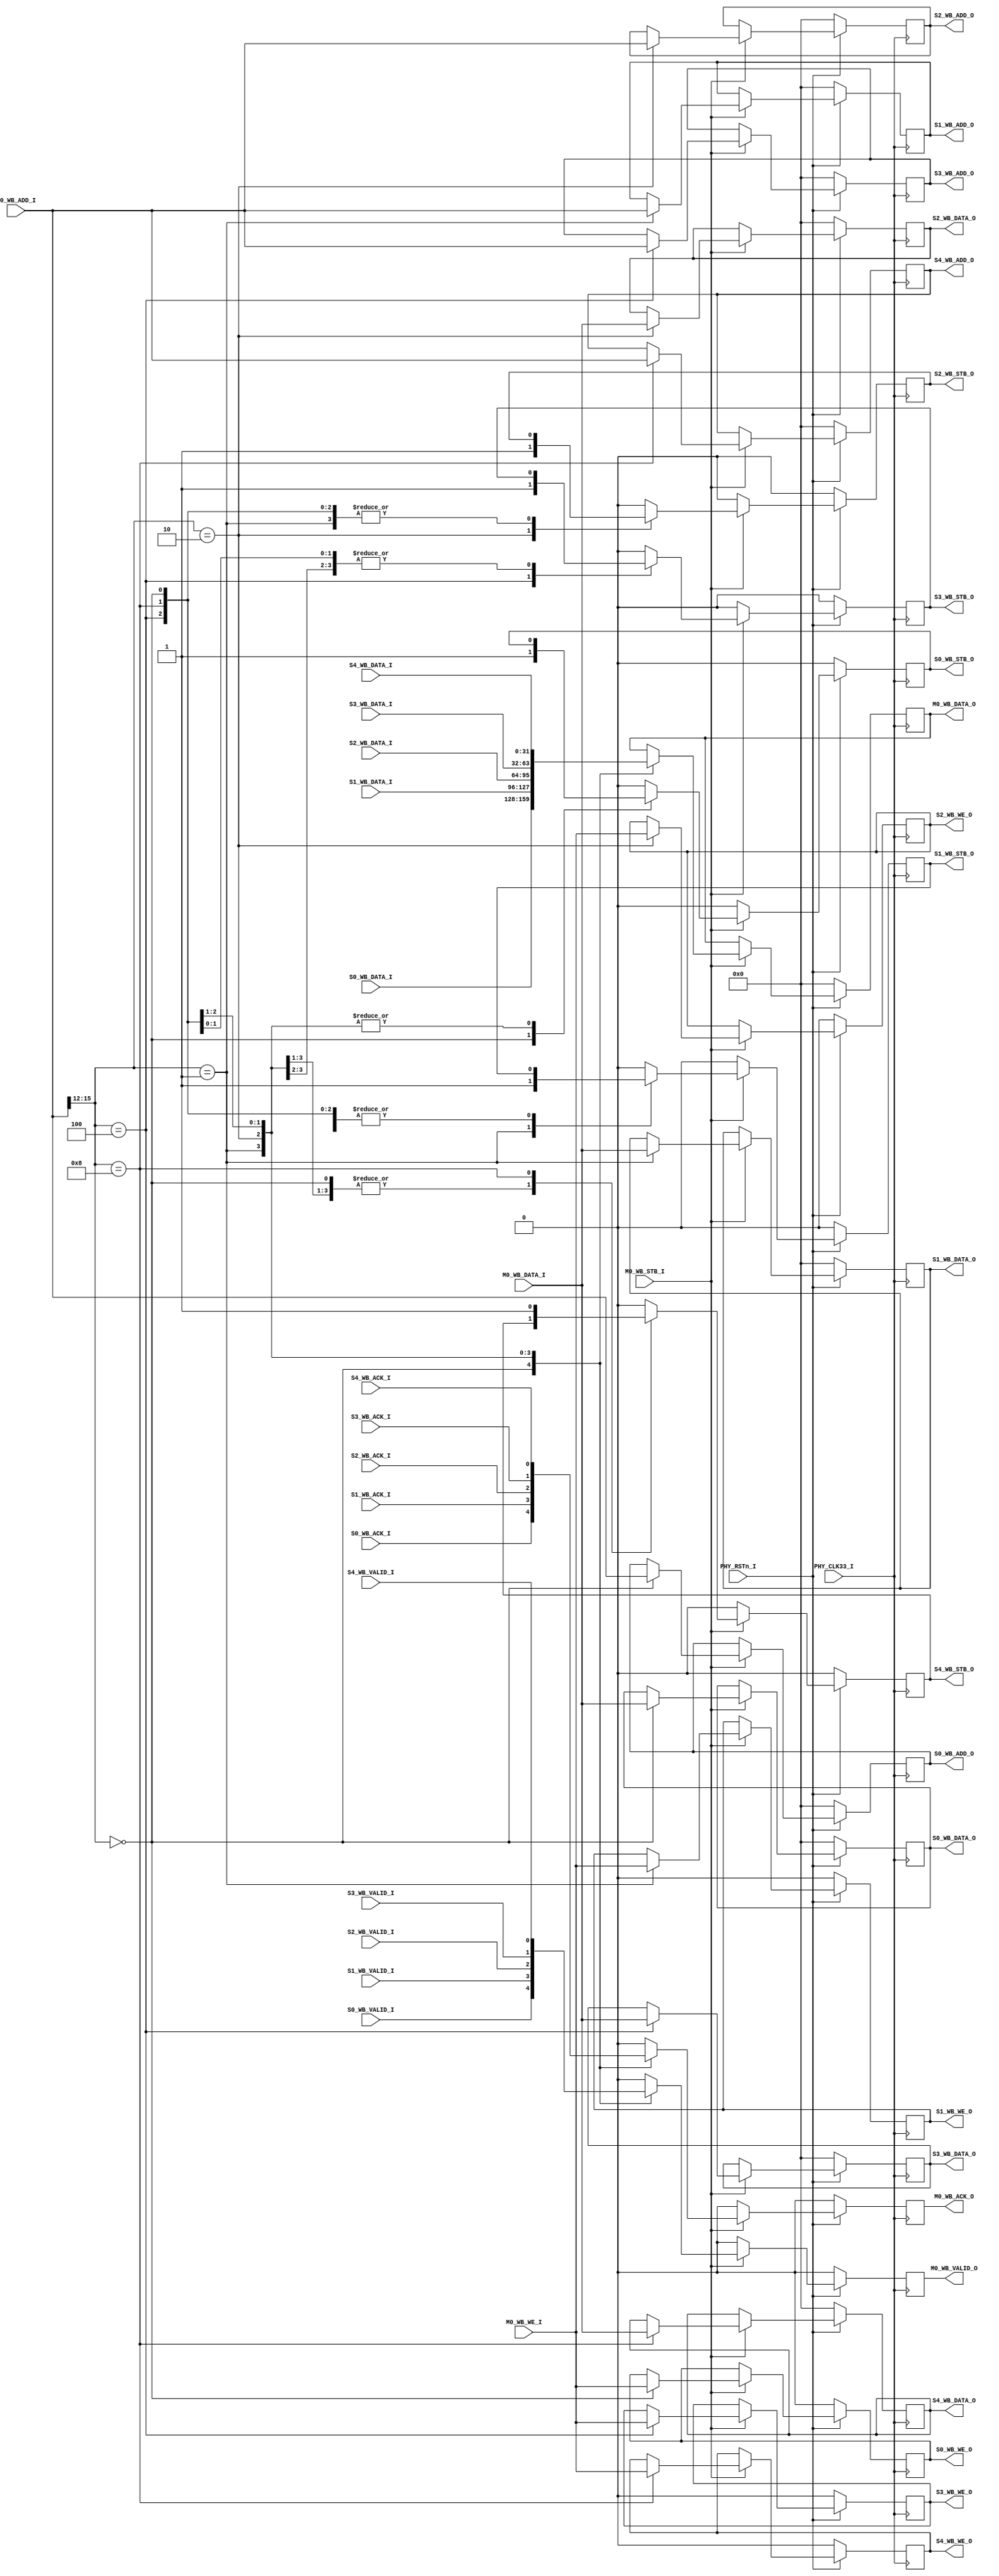
`timescale 1ns / 1ps
//////////////////////////////////////////////////////////////////////////////////
// Company: 
// Engineer: 
// 
// Design Name: 
// Module Name: WB_INTERN
// Project Name: 
// Target Devices: 
// Tool Versions: 
// Description: 
// 
// Dependencies: 
// 
// Revision:
// Revision 0.01 - File Created
// Additional Comments:
// 
//////////////////////////////////////////////////////////////////////////////////


module WB_INTERN(

	input PHY_CLK33_I,
	input PHY_RSTn_I,
	
	
	input      [31:0]  M0_WB_ADD_I,
	output reg [31:0]  M0_WB_DATA_O = 0,
	input      [31:0]  M0_WB_DATA_I,
	
	output reg M0_WB_ACK_O = 0,
	output reg M0_WB_VALID_O = 0,
	
	input M0_WB_STB_I,
	input M0_WB_WE_I,
	
	
	output reg [31:0]  S0_WB_ADD_O = 0,
	output reg [31:0]  S0_WB_DATA_O = 0,
	input      [31:0]  S0_WB_DATA_I,
	
	input S0_WB_ACK_I,
	input S0_WB_VALID_I,
	
	output reg S0_WB_STB_O = 0,
	output reg S0_WB_WE_O = 0,
	
	
		
	output reg [31:0]  S1_WB_ADD_O = 0,
	output reg [31:0]  S1_WB_DATA_O = 0,
	input      [31:0]  S1_WB_DATA_I,
	
	input S1_WB_ACK_I,
	input S1_WB_VALID_I,
	
	output reg S1_WB_STB_O = 0,
	output reg S1_WB_WE_O = 0,
	
	
	output reg [31:0]  S2_WB_ADD_O = 0,
	output reg [31:0]  S2_WB_DATA_O = 0,
	input      [31:0]  S2_WB_DATA_I,
	
	input S2_WB_ACK_I,
	input S2_WB_VALID_I,
	
	output reg S2_WB_STB_O = 0,
	output reg S2_WB_WE_O = 0,
	
	output reg [31:0]  S3_WB_ADD_O = 0,
	output reg [31:0]  S3_WB_DATA_O = 0,
	input      [31:0]  S3_WB_DATA_I,
	
	input S3_WB_ACK_I,
	input S3_WB_VALID_I,
	
	output reg S3_WB_STB_O = 0,
	output reg S3_WB_WE_O = 0,
	
	output reg [31:0]  S4_WB_ADD_O = 0,
	output reg [31:0]  S4_WB_DATA_O = 0,
	input      [31:0]  S4_WB_DATA_I,
	
	input S4_WB_ACK_I,
	input S4_WB_VALID_I,
	
	output reg S4_WB_STB_O = 0,
	output reg S4_WB_WE_O = 0

    );
	
	/* +-------------------------------------------------------+
	---|					SLAVE ADRESS                       |
	---+-------------------------------------------------------+ */
	parameter S0_ADD = 4'b0000;
	parameter S1_ADD = 4'b0001;
	parameter S2_ADD = 4'b0010;
	parameter S3_ADD = 4'b0100;
	parameter S4_ADD = 4'b1000;
	

	always @(posedge PHY_CLK33_I)
		if(PHY_RSTn_I == 0)
			begin
				
			//Master 0 Wishbon Signal
				M0_WB_DATA_O = 0;
				M0_WB_ACK_O = 0;
				M0_WB_VALID_O = 0;
				
			//Slave 0 Wishbon Signal
				S0_WB_ADD_O = 0;
				S0_WB_DATA_O = 0;
				S0_WB_STB_O = 0;
				S0_WB_WE_O = 0;
				
			//Slave 1 Wishbon Signal
				S1_WB_ADD_O = 0;
				S1_WB_DATA_O = 0;
				S1_WB_STB_O = 0;
				S1_WB_WE_O = 0;
				
			//Slave 2 Wishbon Signal
				S2_WB_ADD_O = 0;
				S2_WB_DATA_O = 0;
				S2_WB_STB_O = 0;
				S2_WB_WE_O = 0;
				
			//Slave 3 Wishbon Signal
				S3_WB_ADD_O = 0;
				S3_WB_DATA_O = 0;
				S3_WB_STB_O = 0;
				S3_WB_WE_O = 0;
				
			//Slave 4 Wishbon Signal
				S4_WB_ADD_O = 0;
				S4_WB_DATA_O = 0;
				S4_WB_STB_O = 0;
				S4_WB_WE_O = 0;
				
	
			end
		else if (M0_WB_STB_I == 0)
			begin
				

				M0_WB_ACK_O = 0;
				M0_WB_VALID_O = 0;
				
				// SLAVE 0 WISHBON SIGNAL 
				S0_WB_STB_O = 0;
				
				// SLAVE 1 WISHBON SIGNAL 
				S1_WB_STB_O = 0;
				
				// SLAVE 2 WISHBON SIGNAL 
				S2_WB_STB_O = 0;
				
				// SLAVE 3 WISHBON SIGNAL 
				S3_WB_STB_O = 0;
				
				// SLAVE 4 WISHBON SIGNAL 
				S4_WB_STB_O = 0;
		
			end
		else
			begin
				 case ( M0_WB_ADD_I[15:12])
					S0_ADD : 
						begin
							S0_WB_ADD_O = M0_WB_ADD_I;
							S0_WB_DATA_O = M0_WB_DATA_I;
							M0_WB_DATA_O = S0_WB_DATA_I;

							M0_WB_ACK_O = S0_WB_ACK_I;
							M0_WB_VALID_O = S0_WB_VALID_I;
							S0_WB_WE_O = M0_WB_WE_I;
							S0_WB_STB_O = 1;
						end
					S1_ADD : 
						begin
							S1_WB_ADD_O = M0_WB_ADD_I;
							S1_WB_DATA_O = M0_WB_DATA_I;
							M0_WB_DATA_O = S1_WB_DATA_I;

							M0_WB_ACK_O = S1_WB_ACK_I;
							M0_WB_VALID_O = S1_WB_VALID_I;
							S1_WB_WE_O = M0_WB_WE_I;
							S1_WB_STB_O = 1;
						end
					S2_ADD : 
						begin
							S2_WB_ADD_O = M0_WB_ADD_I;
							S2_WB_DATA_O = M0_WB_DATA_I;
							M0_WB_DATA_O = S2_WB_DATA_I;

							M0_WB_ACK_O = S2_WB_ACK_I;
							M0_WB_VALID_O = S2_WB_VALID_I;
							S2_WB_WE_O = M0_WB_WE_I;
							S2_WB_STB_O = 1;
						end
					S3_ADD : 
						begin
							S3_WB_ADD_O = M0_WB_ADD_I;
							S3_WB_DATA_O = M0_WB_DATA_I;
							M0_WB_DATA_O = S3_WB_DATA_I;

							M0_WB_ACK_O = S3_WB_ACK_I;
							M0_WB_VALID_O = S3_WB_VALID_I;
							S3_WB_WE_O = M0_WB_WE_I;
							S3_WB_STB_O = 1;
						end			
					S4_ADD : 
						begin
							S4_WB_ADD_O = M0_WB_ADD_I;
							S4_WB_DATA_O = M0_WB_DATA_I;
							M0_WB_DATA_O = S4_WB_DATA_I;

							M0_WB_ACK_O = S4_WB_ACK_I;
							M0_WB_VALID_O = S4_WB_VALID_I;
							S4_WB_WE_O = M0_WB_WE_I;
							S4_WB_STB_O = 1;
						end
					default :
						begin
							M0_WB_ACK_O = 0;
							M0_WB_VALID_O = 0;
				
							// SLAVE 0 WISHBON SIGNAL 
							S0_WB_STB_O = 0;
							// SLAVE 1 WISHBON SIGNAL 
							S1_WB_STB_O = 0;
							// SLAVE 2 WISHBON SIGNAL 
							S2_WB_STB_O = 0;
							// SLAVE 3 WISHBON SIGNAL 
							S3_WB_STB_O = 0;
							// SLAVE 4 WISHBON SIGNAL 
							S4_WB_STB_O = 0;
						end
				endcase
			end
endmodule